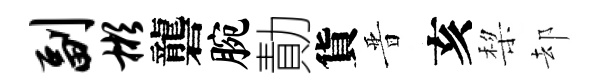
副彬礱腕勣貨晋亥棃却